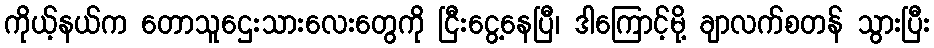
ကိုယ့်နယ်က တောသူဌေးသားလေးတွေကို ငြီးငွေ့နေပြီ၊ ဒါကြောင့်မို့ ချာလက်စတန် သွားပြီး